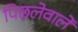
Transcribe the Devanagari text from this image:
पिछलेवाले